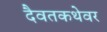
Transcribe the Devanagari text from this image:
दैवतकथेवर